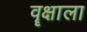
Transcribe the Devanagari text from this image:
वॄक्षाला